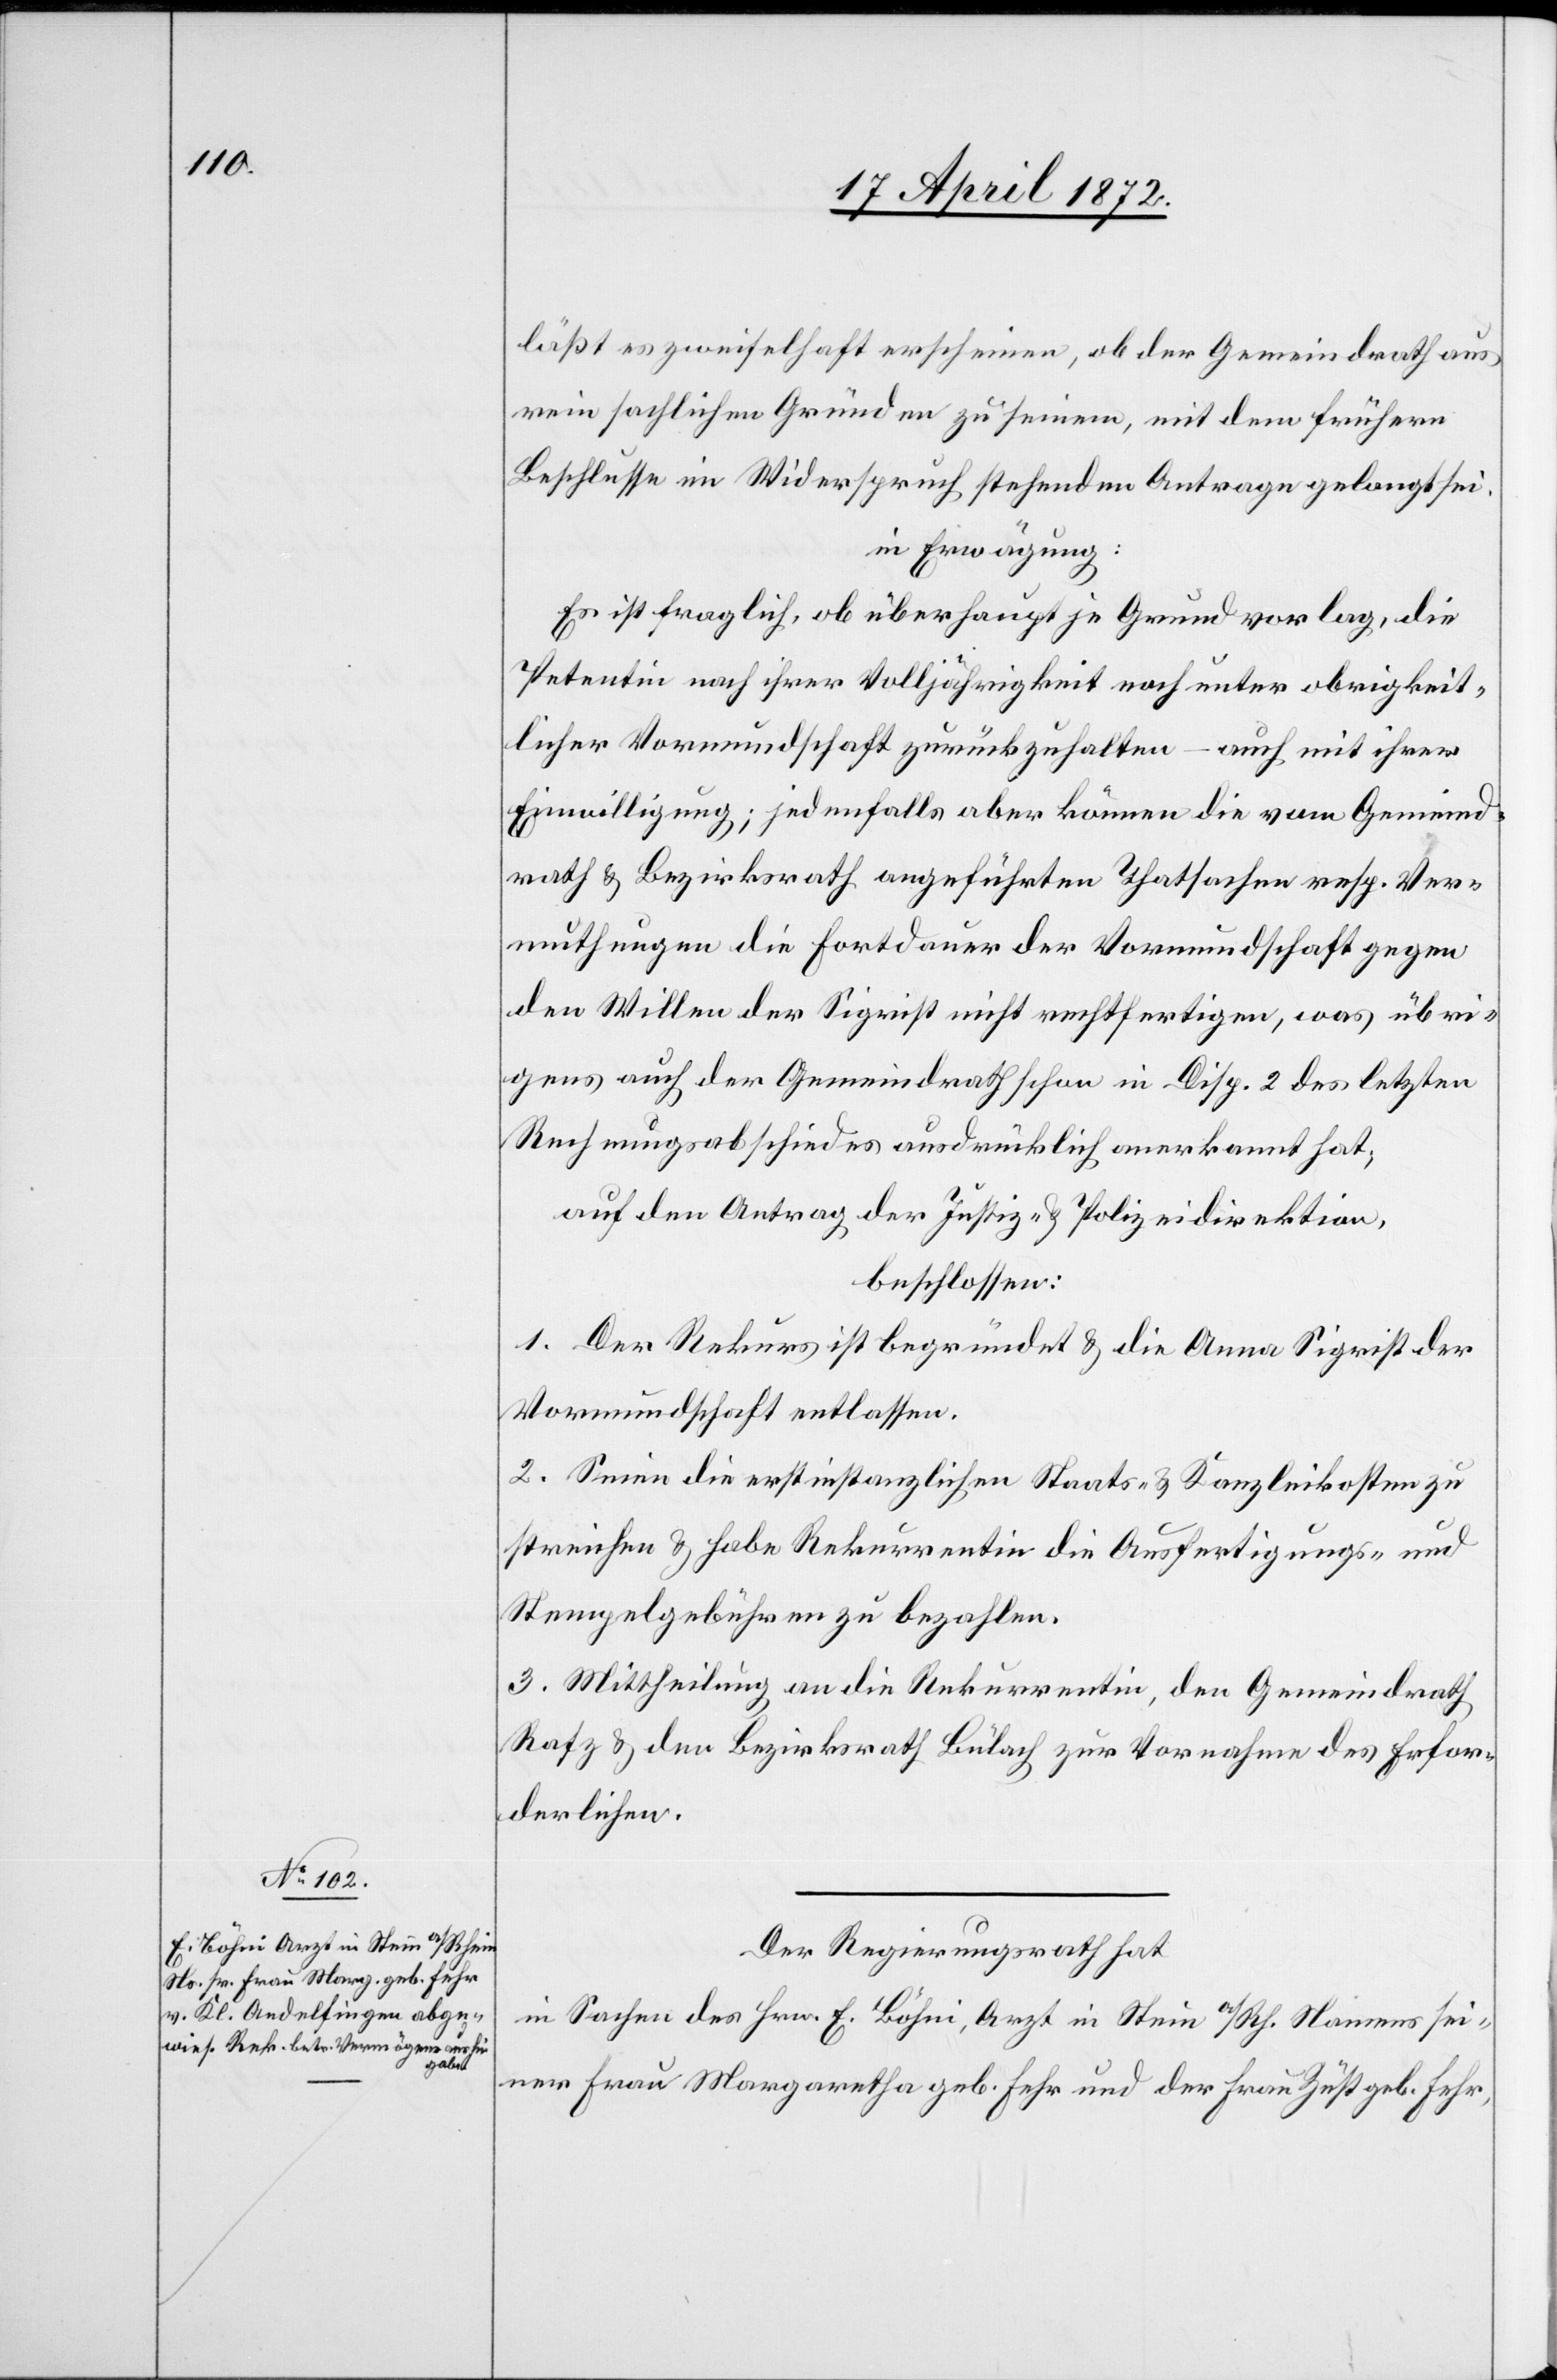
läßt es zweifelhaft erscheinen, ob der Gemeindrath aus
rein sachlichen Gründen zu seinem, mit dem frühern
Beschlusse im Widerspruche stehenden Antrage gelangt sei.
in Erwägung:
Es ist fraglich, ob überhaupt je Grund vorlag, die
Petentin nach ihrer Volljährigkeit noch unter obrigkeit¬
licher Vormundschaft zurückzuhalten – auch mit ihrer
Einwilligung; jedenfalls aber können die vom Gemeind¬
rath u. Bezirksrath angeführten Thatsachen resp. Ver¬
muthungen die Fortdauer der Vormundschaft gegen
den Willen der Sigrist nicht rechtfertigen, was übri¬
gens auch der Gemeindrath schon in Disp. 2 des letzten
Rechnungsabschiedes ausdrücklich anerkannt hat,
auf den Antrag der Justiz- u. Polizeidirektion,
beschlossen:
1. Der Rekurs ist begründet u. die Anna Sigrist der
Vormundschaft entlassen.
2. Seien die erstinstanzlichen Staats- u. Kanzleikosten zu
streichen u. habe Rekurrentin die Ausfertigungs- und
Stempelgebühren zu bezahlen.
3. Mittheilung an die Rekurrentin, den Gemeindrath
Rafz u. den Bezirksrath Bülach zur Vornahme des Erfor¬
derlichen.
Der Regierungsrath hat
in Sachen des Hrn. E. Böhni, Arzt in Stein a/Rh. Namens sei¬
ner Frau Margaretha geb. Fehr und der Frau Züst geb. Fehr,